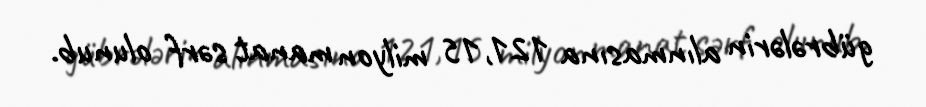
gübrələrin alınmasına 121,15 milyon manat sərf olunub.